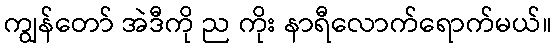
ကျွန်တော် အဲဒီကို ည ကိုး နာရီလောက်ရောက်မယ်။